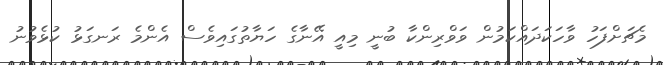
މެޗަށްފަހު ވާހަކަދައްކަމުން ވަވްރިންކާ ބުނީ މިއީ އޭނާގެ ހަޔާތުގައިވެސް އެންމެ ރަނގަޅު ކުޅެވުނު